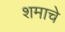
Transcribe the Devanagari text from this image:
शमाचे